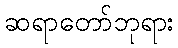
ဆရာတော်ဘုရား